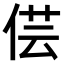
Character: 𠊁